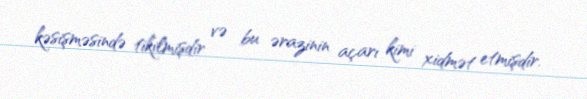
kəsişməsində tikilmişdir və bu ərazinin açarı kimi xidmət etmişdir.